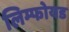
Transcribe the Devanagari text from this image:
लिम्फोयड